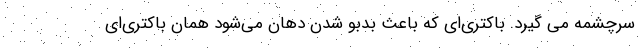
سرچشمه می گیرد. باکتری‌ای که باعث بدبو شدن دهان می‌شود همان باکتری‌ای